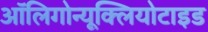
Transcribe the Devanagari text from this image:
ऑलिगोन्यूक्लियोटाइड